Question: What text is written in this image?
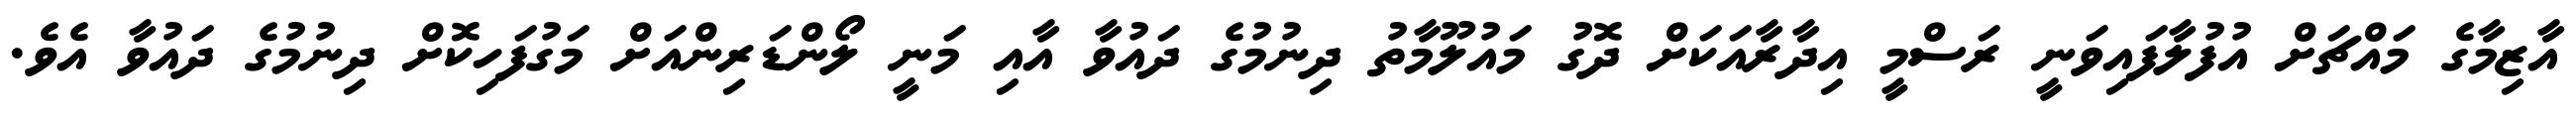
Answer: އާޒިމާގެ މައްޗަށް އުފުލާފައިވަނީ ރަސްމީ އިދާރާއަކަށް ދޮގު މައުލޫމާތު ދިނުމުގެ ދައުވާ އާއި މަނީ ލޯންޑަރިންއަށް މަގުފަހިކޮށް ދިނުމުގެ ދައުވާ އެވެ.